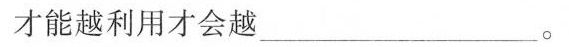
才能越利用才会越______。